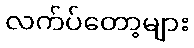
လက်ပ်တော့များ